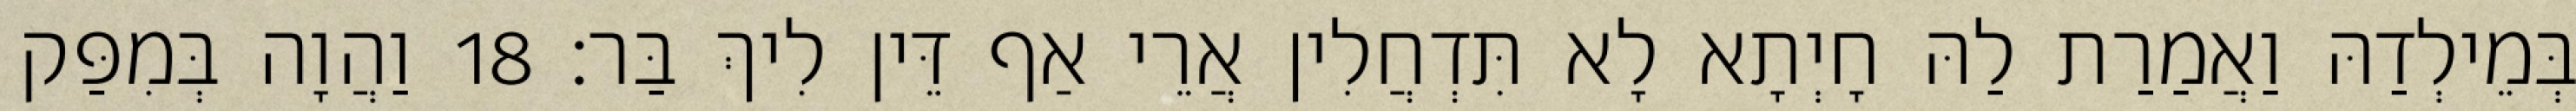
בְּמֵילְדַהּ וַאֲמַרַת לַהּ חָיְתָא לָא תִּדְחֲלִין אֲרֵי אַף דֵּין לִיךְ בַּר׃ 18 וַהֲוָה בְּמִפַּק